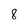
Character: 8